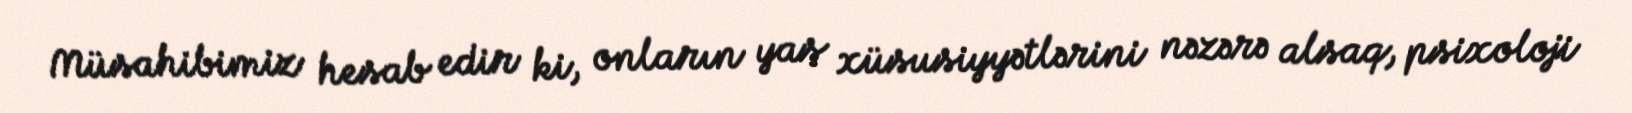
Müsahibimiz hesab edir ki, onların yaş xüsusiyyətlərini nəzərə alsaq, psixoloji